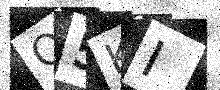
Text: Q5KI